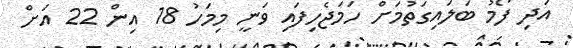
އަދި ފޯމު ބަލައިގަތުމަށް ހަމަޖެހިފައި ވަނީ މިމަހު 18 އިން 22 އަށް